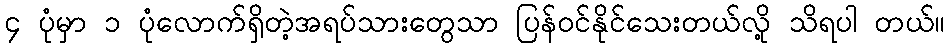
၄ ပုံမှာ ၁ ပုံလောက်ရှိတဲ့အရပ်သားတွေသာ ပြန်ဝင်နိုင်သေးတယ်လို့ သိရပါ တယ်။